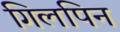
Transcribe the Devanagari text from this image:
गिलपिन